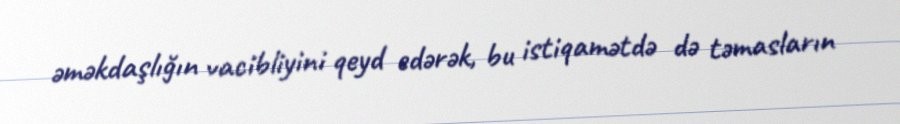
əməkdaşlığın vacibliyini qeyd edərək, bu istiqamətdə də təmasların